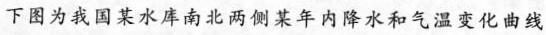
下图为我国某水库南北两侧某年内降水和气温变化曲线